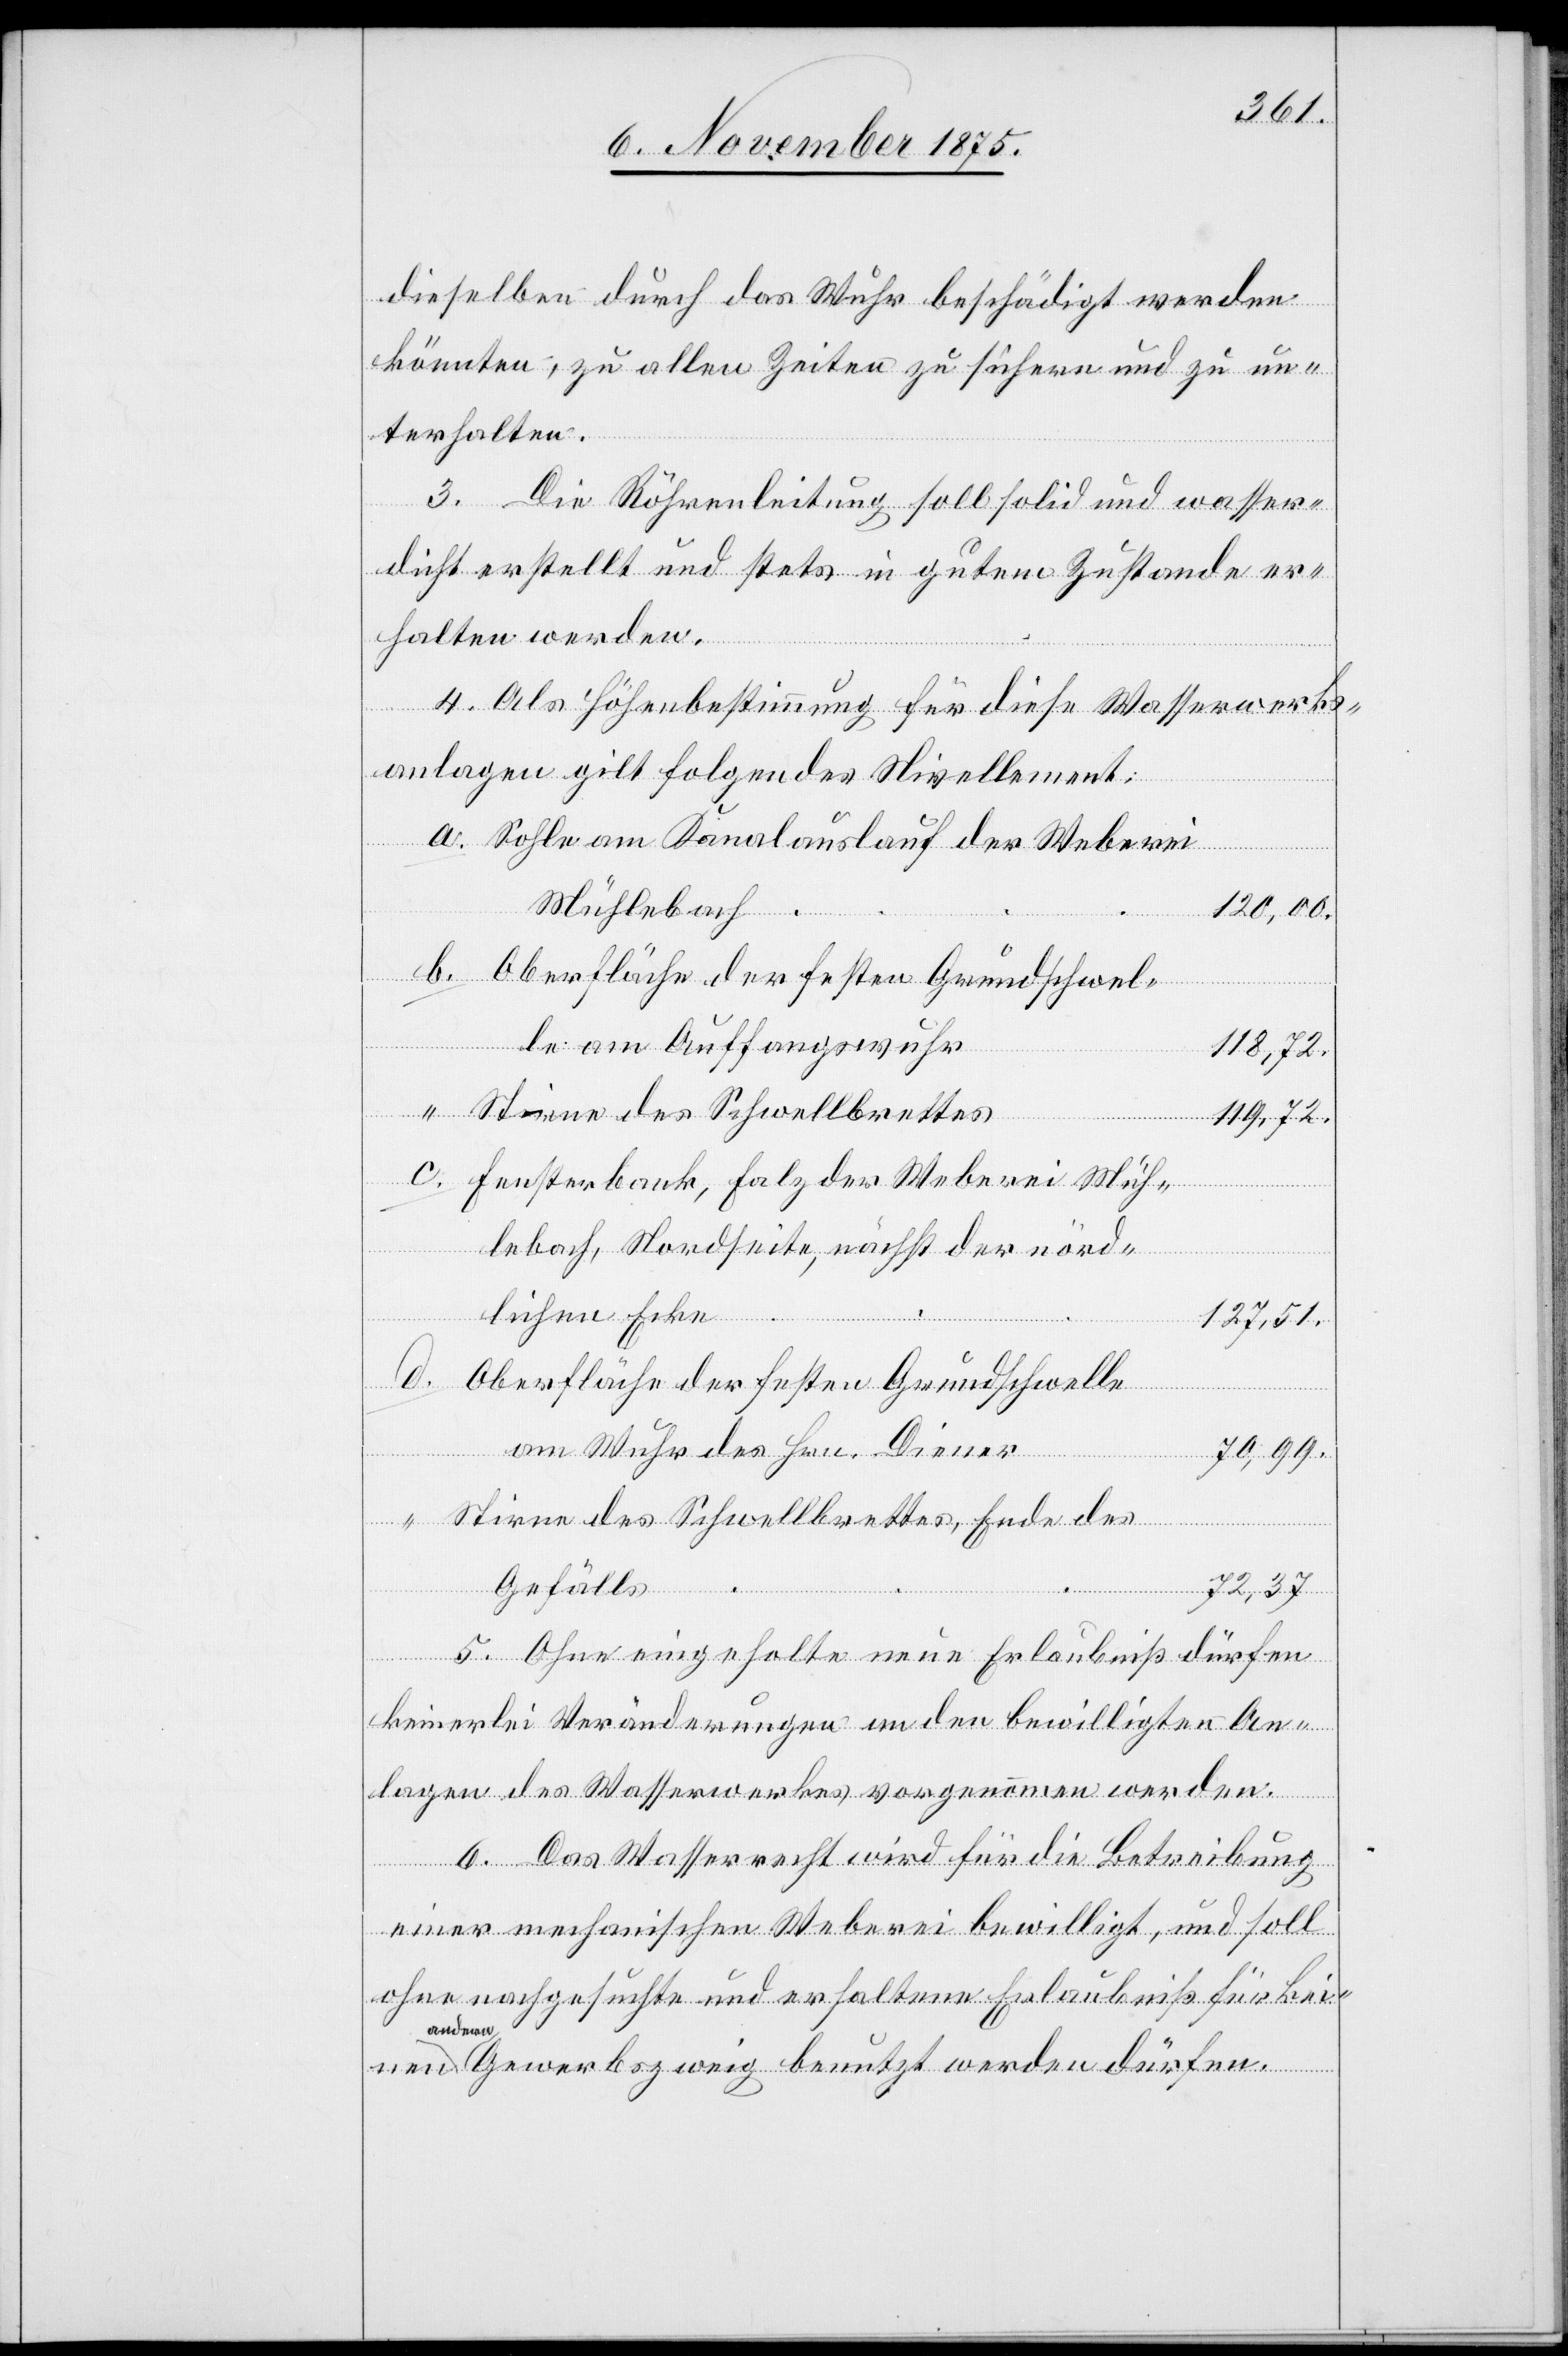
dieselben durch das Wuhr beschädigt werden
könnten, zu allen Zeiten zu sichern und zu un¬
terhalten.
3. Die Röhrenleitung soll solid und wasser¬
dicht erstellt und stets in gutem Zustande er¬
halten werden.
4. Als Höhenbestimmung für diese Wasserwerks¬
anlagen gilt folgendes Nivellement:
a.
Sohle am Kanalauslauf der Weberei
Mühlebach
120,00.
Oberfläche der festen Grundschwel¬
le am Auffangswuhr
72,37.
a¬
Stirne des Schwellbrettes
Fensterbank, Falz der Weberei Müh¬
lebach, Nordseite, nächst der nörd¬
lichen Ecke
127,51.
Oberfläche der festen Grundschwelle
am Wuhr des Hrn. Diener
70,99.
Stirne des Schwellbrettes, Ende des
Gefälls
5. Ohne eingeholte neue Erlaubniß dürfen
keinerlei Veränderungen an den bewilligten An¬
lagen des Wasserwerkes vorgenommen werden.
6. Das Wasserrecht wird für die Betreibung
nen
einer mechanischen Weberei bewilligt, und soll
ohne nachgesuchte und erhaltene Erlaubniß für kei¬
ndern Gewerbszweig benutzt werden dürfen.